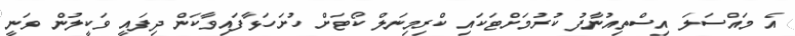
އެ މައްސަލަ އިސްތިއުނާފު ކުރުމަށްޓަކައި ކްރިމިނަލް ކޯޓަށް ހުށަހަޅާފައިވާކަން ދިފައީ ވަކީލުން ވަނީ